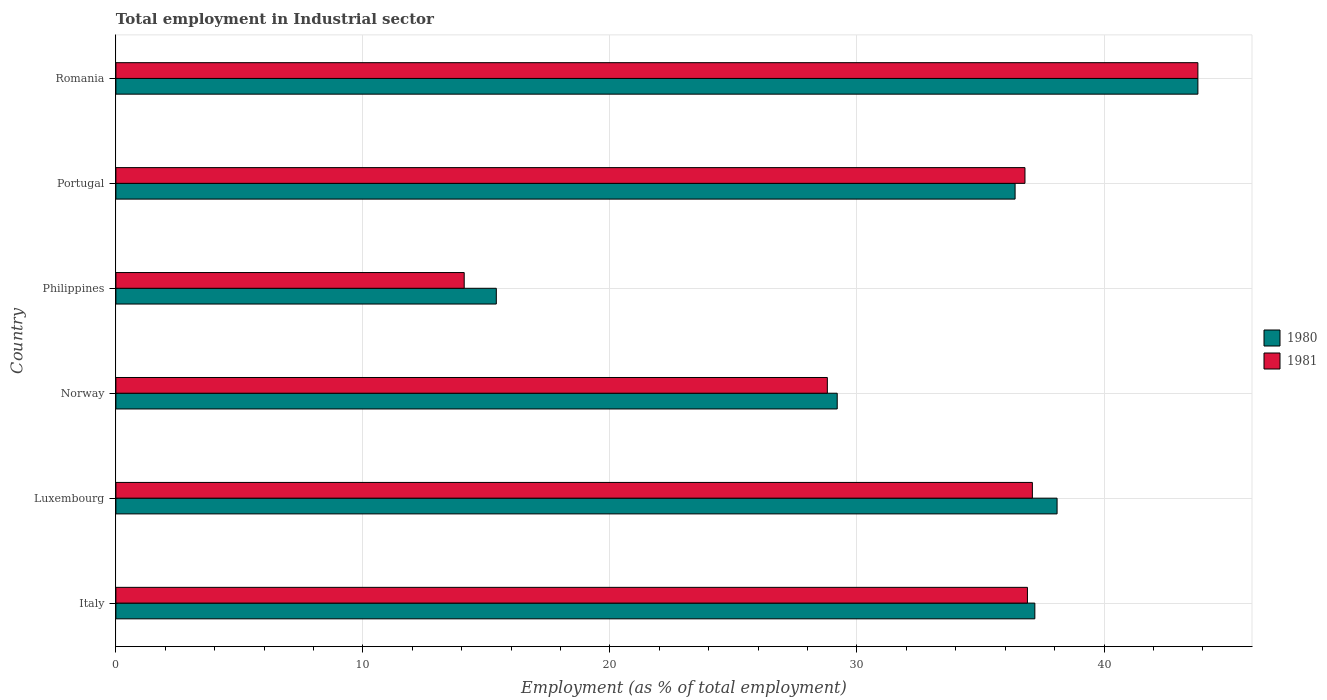
| Country | 1980 | 1981 |
 | --- | --- | --- |
 | Italy | 37.2 | 36.9 |
 | Luxembourg | 38.1 | 37.1 |
 | Norway | 29.2 | 28.8 |
 | Philippines | 15.4 | 14.1 |
 | Portugal | 36.4 | 36.8 |
 | Romania | 43.8 | 43.8 |